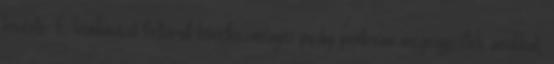
kísérte. E kombináció feltárult következményei pedig pontosan megegyeztek azokkal,